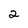
Character: 2